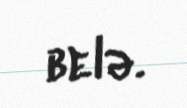
belə.